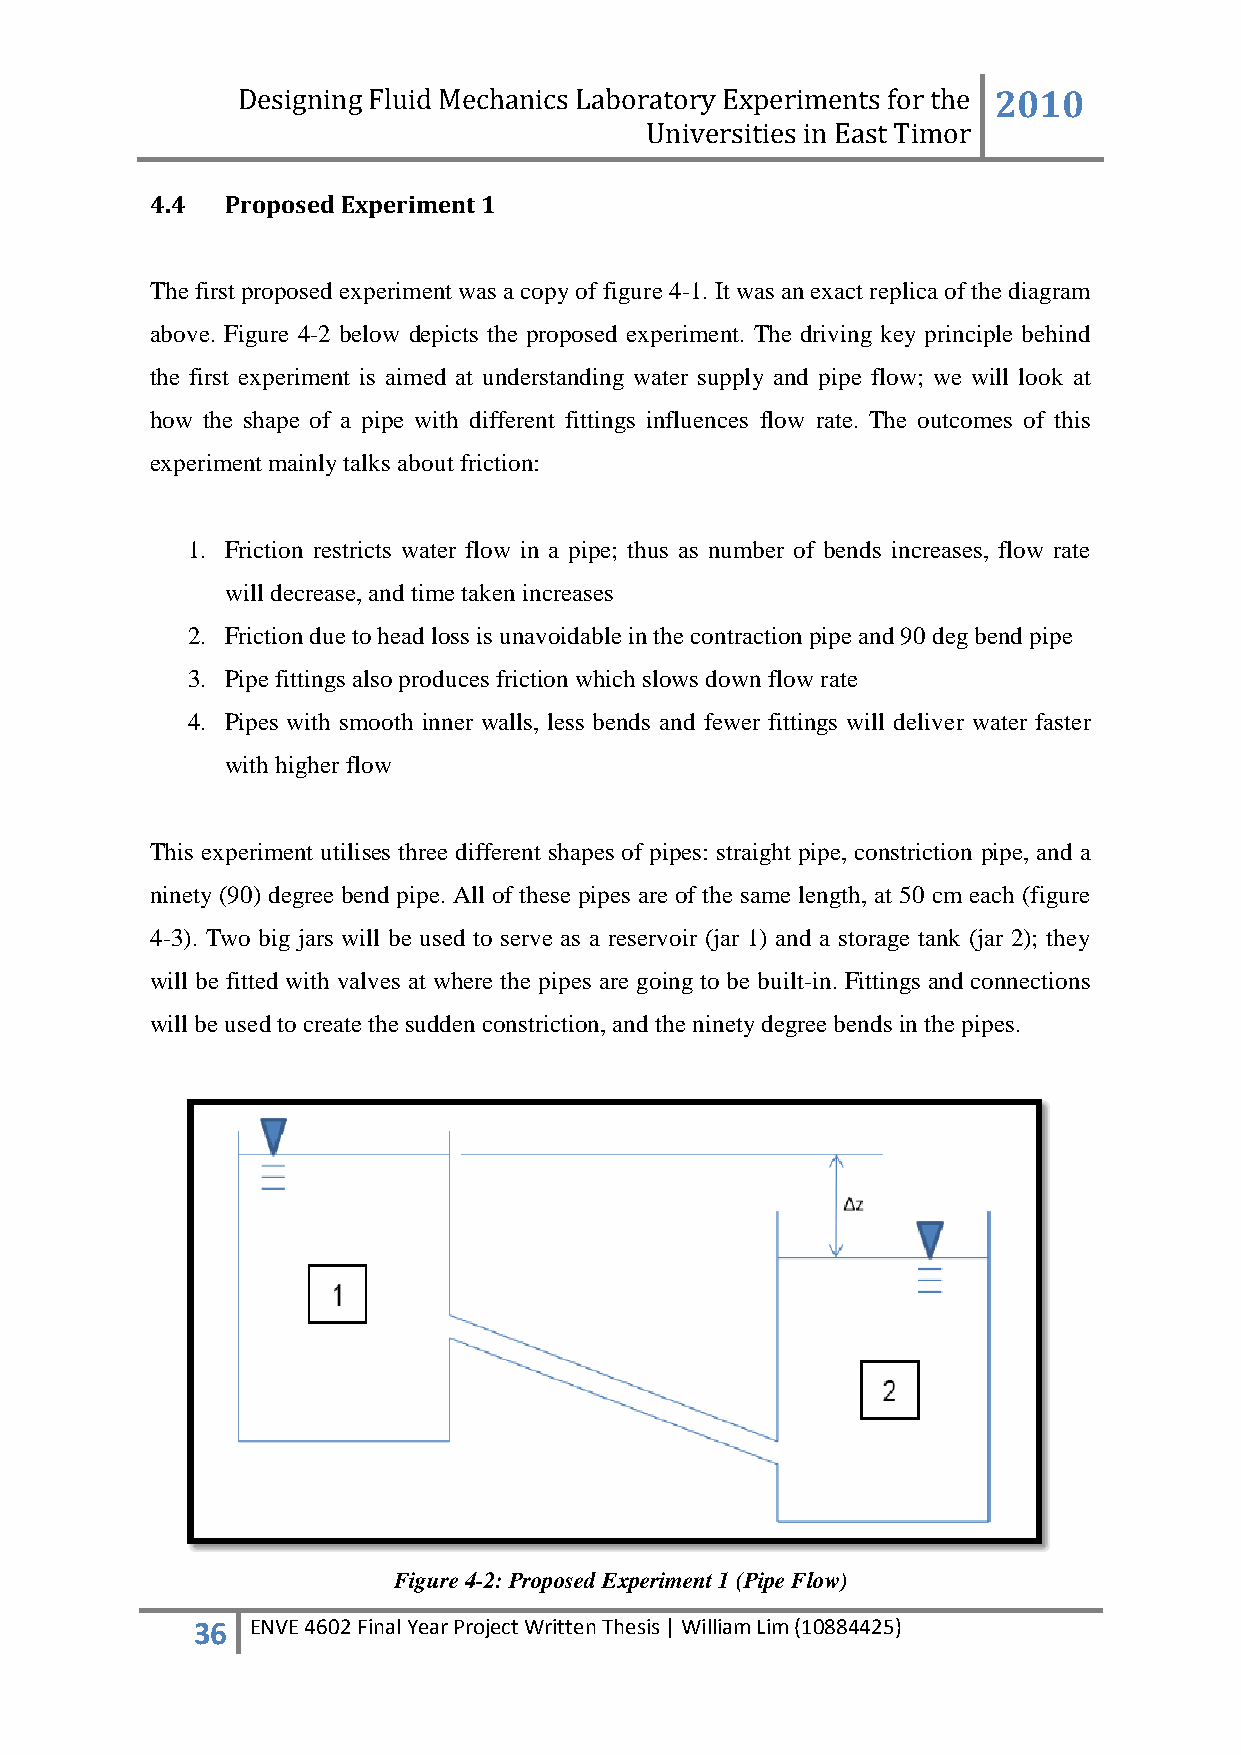
Designing Fluid Mechanics Laboratory Experiments for the 2010
 Universities in East Timor
 4.4  Proposed Experiment 1
 The first proposed experiment was a copy of figure 4-1. It was an exact replica of the diagram
 above. Figure 4-2 below depicts the proposed experiment. The driving key principle behind
 the first experiment is aimed at understanding water supply and pipe flow; we will look at
 how the shape of a pipe with different fittings influences flow rate. The outcomes of this
 experiment mainly talks about friction:
 1. Friction restricts water flow in a pipe; thus as number of bends increases, flow rate
 will decrease, and time taken increases
 2. Friction due to head loss is unavoidable in the contraction pipe and 90 deg bend pipe
 3. Pipe fittings also produces friction which slows down flow rate
 4. Pipes with smooth inner walls, less bends and fewer fittings will deliver water faster
 with higher flow
 This experiment utilises three different shapes of pipes: straight pipe, constriction pipe, and a
 ninety (90) degree bend pipe. All of these pipes are of the same length, at 50 cm each (figure
 4-3). Two big jars will be used to serve as a reservoir (jar 1) and a storage tank (jar 2); they
 will be fitted with valves at where the pipes are going to be built-in. Fittings and connections
 will be used to create the sudden constriction, and the ninety degree bends in the pipes.
 Figure 4-2: Proposed Experiment 1 (Pipe Flow)
 36  ENVE 4602 Final Year Project Written Thesis | William Lim (10884425)